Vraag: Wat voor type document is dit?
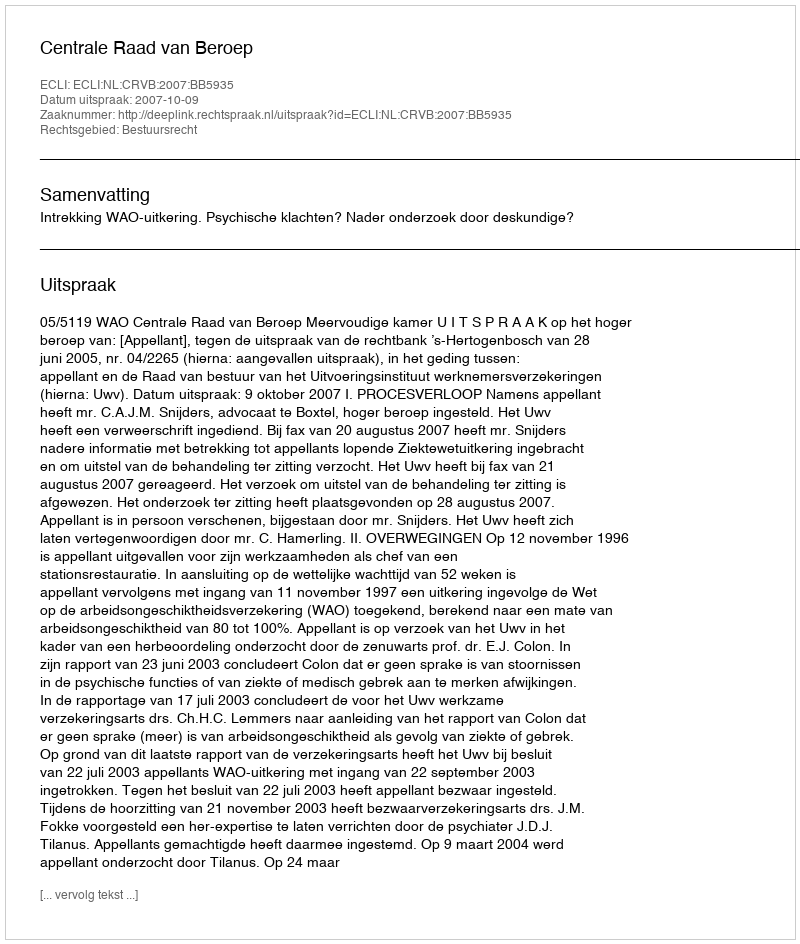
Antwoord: Uitspraak